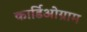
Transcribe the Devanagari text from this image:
कार्डिओग्राम